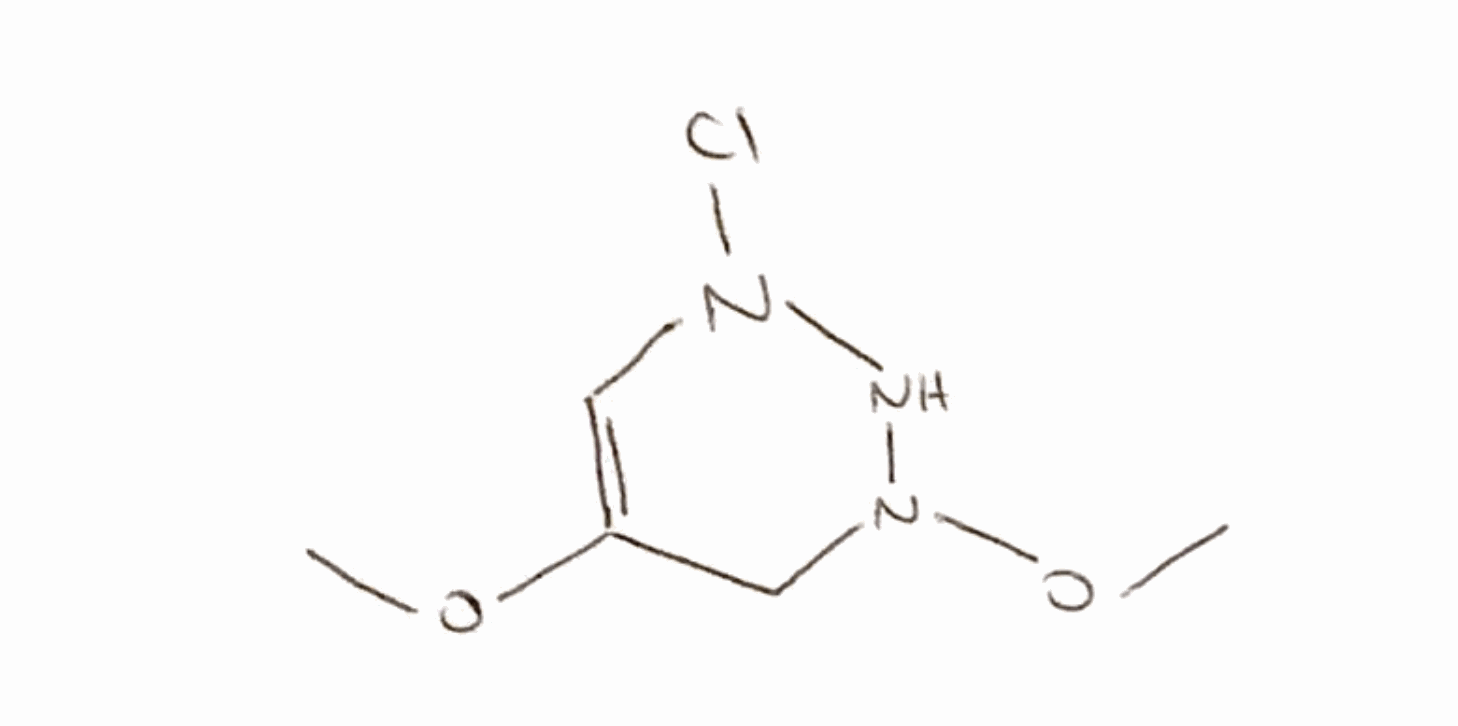
Simplified molecular-input line-entry system (SMILES) notation of the given molecule:
COC1=CN(NN(C1)OC)Cl